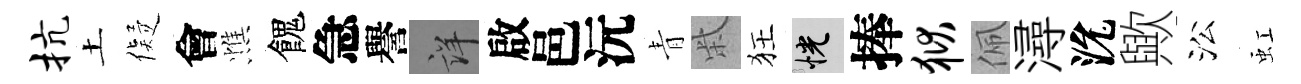
抗土儗會憔餽急譽詳啟邑沅青柴狂恍捧狱佩潯沇歟㳂虹